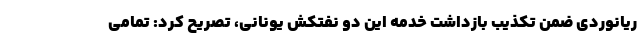
ریانوردی ضمن تکذیب بازداشت خدمه این دو نفتکش یونانی، تصریح کرد: تمامی